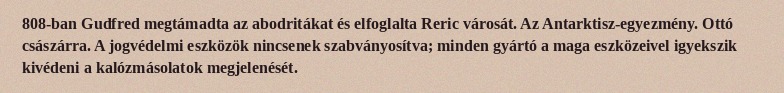
808-ban Gudfred megtámadta az abodritákat és elfoglalta Reric városát. Az Antarktisz-egyezmény. Ottó császárra. A jogvédelmi eszközök nincsenek szabványosítva; minden gyártó a maga eszközeivel igyekszik kivédeni a kalózmásolatok megjelenését.